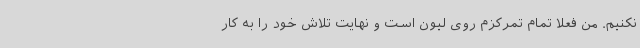
نکنیم. من فعلا تمام تمرکزم روی لیون است و نهایت تلاش خود را به کار